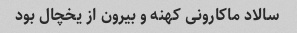
سالاد ماکارونی کهنه و بیرون از یخچال بود